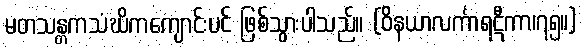
မတသန္တကသံဃိကကျောင်းပင် ဖြစ်သွားပါသည်။ (ဝိနယာလင်္ကာရဋီကာ၊၇၅။)